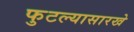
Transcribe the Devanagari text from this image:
फुटल्यासारखे